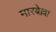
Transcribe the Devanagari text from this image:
मारबेल्ला